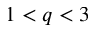
1 < q < 3